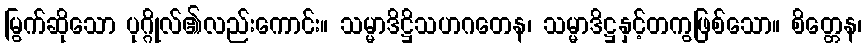
မြွက်ဆိုသော ပုဂ္ဂိုလ်၏လည်းကောင်း။ သမ္မာဒိဋ္ဌိသဟဂတေန၊ သမ္မာဒိဋ္ဌနှင့်တကွဖြစ်သော။ စိတ္တေန၊